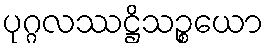
ပုဂ္ဂလဿဋ္ဌိသဉ္စယော